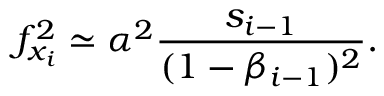
f _ { x _ { i } } ^ { 2 } \simeq \alpha ^ { 2 } \frac { s _ { i - 1 } } { ( 1 - \beta _ { i - 1 } ) ^ { 2 } } .